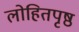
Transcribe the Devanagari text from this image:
लोहितपृष्ठ